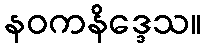
နဝကနိဒ္ဒေသ။